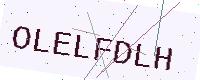
Text: OLELFDLH